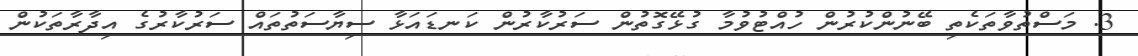
3. މަސްތުވާތަކެތި ބޭނުންކުރުން ހުއްޓުވުމާ ގުޅޭގޮތުން ސަރުކާރުން ކަނޑައަޅާ ސިޔާސަތުތައް ސަރުކާރުގެ އިދާރާތަކުން